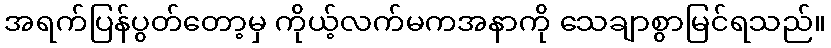
အရက်ပြန်ပွတ်တော့မှ ကိုယ့်လက်မကအနာကို သေချာစွာမြင်ရသည်။